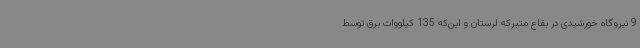
9 نیروگاه خورشیدی در بقاع متبرکه لرستان و این‌که 135 کیلووات برق توسط